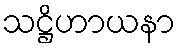
သဋ္ဌိဟာယနာ